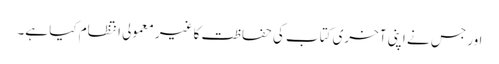
اور جس نے اپنی آخری کتاب کی حفاظت کا غیر معمولی انتظام کیا ہے۔